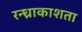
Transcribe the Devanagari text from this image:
रन्ध्राकाशता